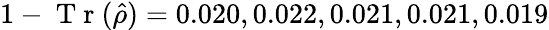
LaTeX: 1-\mathrm{~T~r~}(\hat{\rho})=0.020,0.022,0.021,0.021,0.019